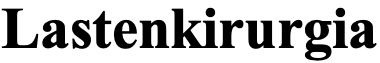
Lastenkirurgia